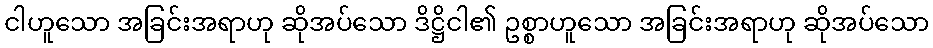
ငါဟူသော အခြင်းအရာဟု ဆိုအပ်သော ဒိဋ္ဌိငါ၏ ဥစ္စာဟူသော အခြင်းအရာဟု ဆိုအပ်သော